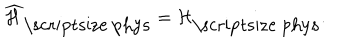
LaTeX: \widehat { \cal H } _ { \mathrm { \scriptsize ~ p h y s } } = { \cal H } _ { \mathrm { \scriptsize ~ p h y s } } .